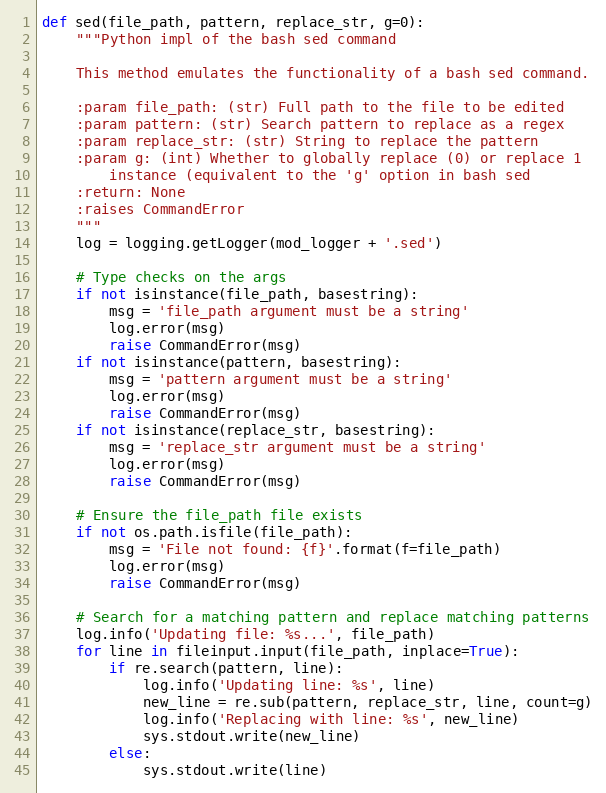
Language: Python
def sed(file_path, pattern, replace_str, g=0):
    """Python impl of the bash sed command

    This method emulates the functionality of a bash sed command.

    :param file_path: (str) Full path to the file to be edited
    :param pattern: (str) Search pattern to replace as a regex
    :param replace_str: (str) String to replace the pattern
    :param g: (int) Whether to globally replace (0) or replace 1
        instance (equivalent to the 'g' option in bash sed
    :return: None
    :raises CommandError
    """
    log = logging.getLogger(mod_logger + '.sed')

    # Type checks on the args
    if not isinstance(file_path, basestring):
        msg = 'file_path argument must be a string'
        log.error(msg)
        raise CommandError(msg)
    if not isinstance(pattern, basestring):
        msg = 'pattern argument must be a string'
        log.error(msg)
        raise CommandError(msg)
    if not isinstance(replace_str, basestring):
        msg = 'replace_str argument must be a string'
        log.error(msg)
        raise CommandError(msg)

    # Ensure the file_path file exists
    if not os.path.isfile(file_path):
        msg = 'File not found: {f}'.format(f=file_path)
        log.error(msg)
        raise CommandError(msg)

    # Search for a matching pattern and replace matching patterns
    log.info('Updating file: %s...', file_path)
    for line in fileinput.input(file_path, inplace=True):
        if re.search(pattern, line):
            log.info('Updating line: %s', line)
            new_line = re.sub(pattern, replace_str, line, count=g)
            log.info('Replacing with line: %s', new_line)
            sys.stdout.write(new_line)
        else:
            sys.stdout.write(line)